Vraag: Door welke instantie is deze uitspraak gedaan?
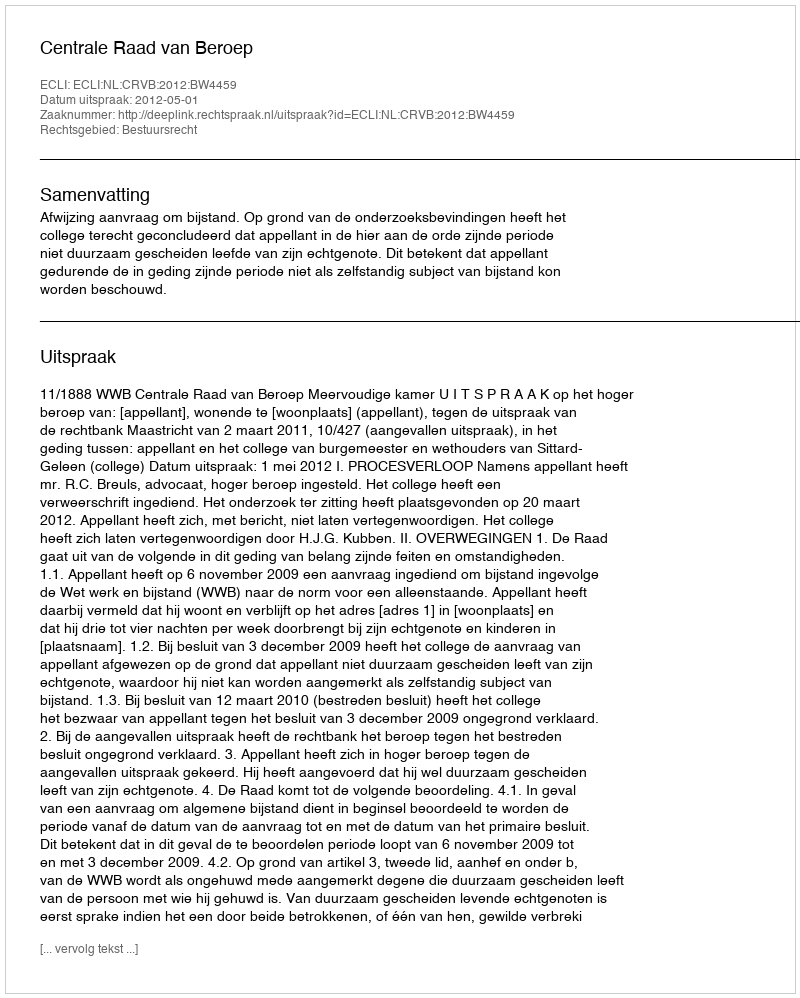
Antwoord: Centrale Raad van Beroep